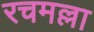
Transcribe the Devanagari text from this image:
रचमल्ला